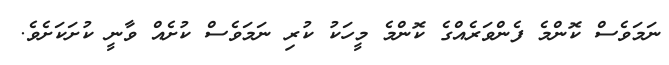
ނަމަވެސް ކޮންމެ ފެންވަރެއްގެ ކޮންމެ މީހަކު ކުރި ނަމަވެސް ކުށެއް ވާނީ ކުށަކަށެވެ.